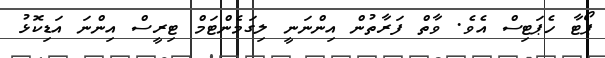
ޕޯޓާ ހެޕަޓިސް އެވެ. ވާތް ފަރާތުން އިންނަނީ ލިގަމެންޓަމް ޓިރީސް އިންނަ އަޑިކޮޅު